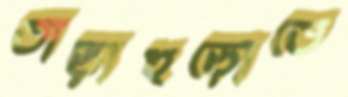
তাড়াহুড়োতে